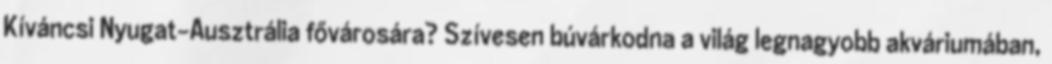
Kíváncsi Nyugat-Ausztrália fővárosára? Szívesen búvárkodna a világ legnagyobb akváriumában,